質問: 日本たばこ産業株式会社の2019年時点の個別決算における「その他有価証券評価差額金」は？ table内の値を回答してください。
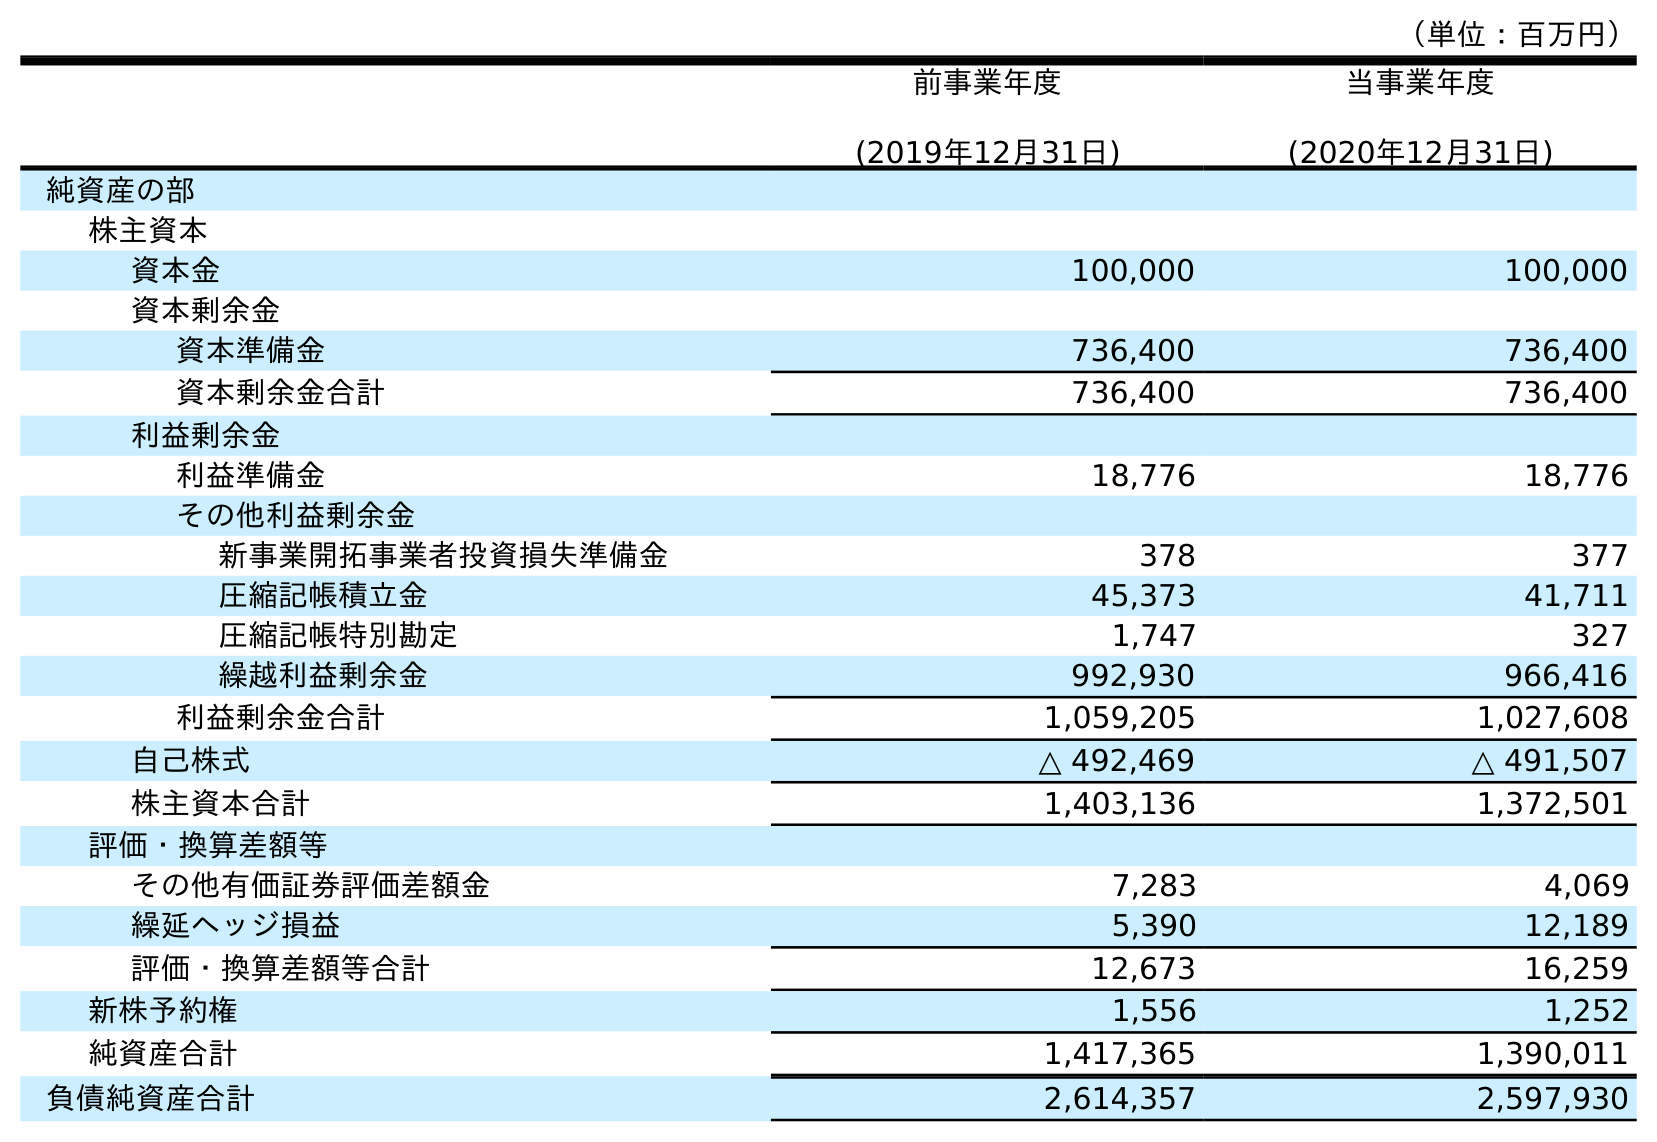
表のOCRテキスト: （単位：百万円） 前事業年度 (2019年12月31日) 当事業年度 (2020年12月31日) 純資産の部 株主資本 資本金 100,000 100,000 資本剰余金 資本準備金 736,400 736,400 資本剰余金合計 736,400 736,400 利益剰余金 利益準備金 18,776 18,776 その他利益剰余金 新事業開拓事業者投資損失準備金 378 377 圧縮記帳積立金 45,373 41,711 圧縮記帳特別勘定 1,747 327 繰越利益剰余金 992,930 966,416 利益剰余金合計 1,059,205 1,027,608 自己株式 △ 492,469 △ 491,507 株主資本合計 1,403,136 1,372,501 評価・換算差額等 その他有価証券評価差額金 7,283 4,069 繰延ヘッジ損益 5,390 12,189 評価・換算差額等合計 12,673 16,259 新株予約権 1,556 1,252 純資産合計 1,417,365 1,390,011 負債純資産合計 2,614,357 2,597,930
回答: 7,283